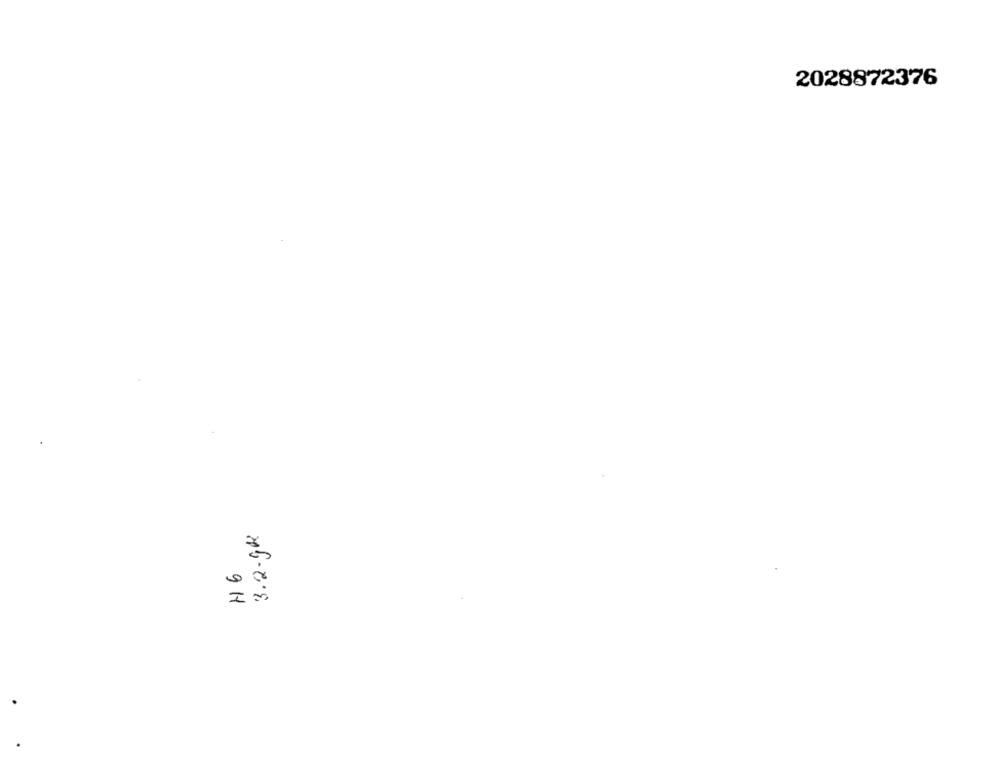
2028872376
3.2.1k
9H